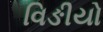
વિઙીયો